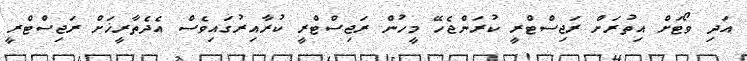
އަދި ވޯޓަށް އިތުރަށް ރަޖިސްޓްރީ ކުރަންޖެހޭ މީހުން ރަޖިސްޓްރީ ކުރާއިރުގައިވެސް އެދެތާރީޚަށް ރަޖިސްޓްރީ